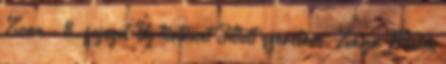
Zone - 8. fejezet Új történet Tiltott szerelem. Zayn Malik